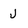
Character: J